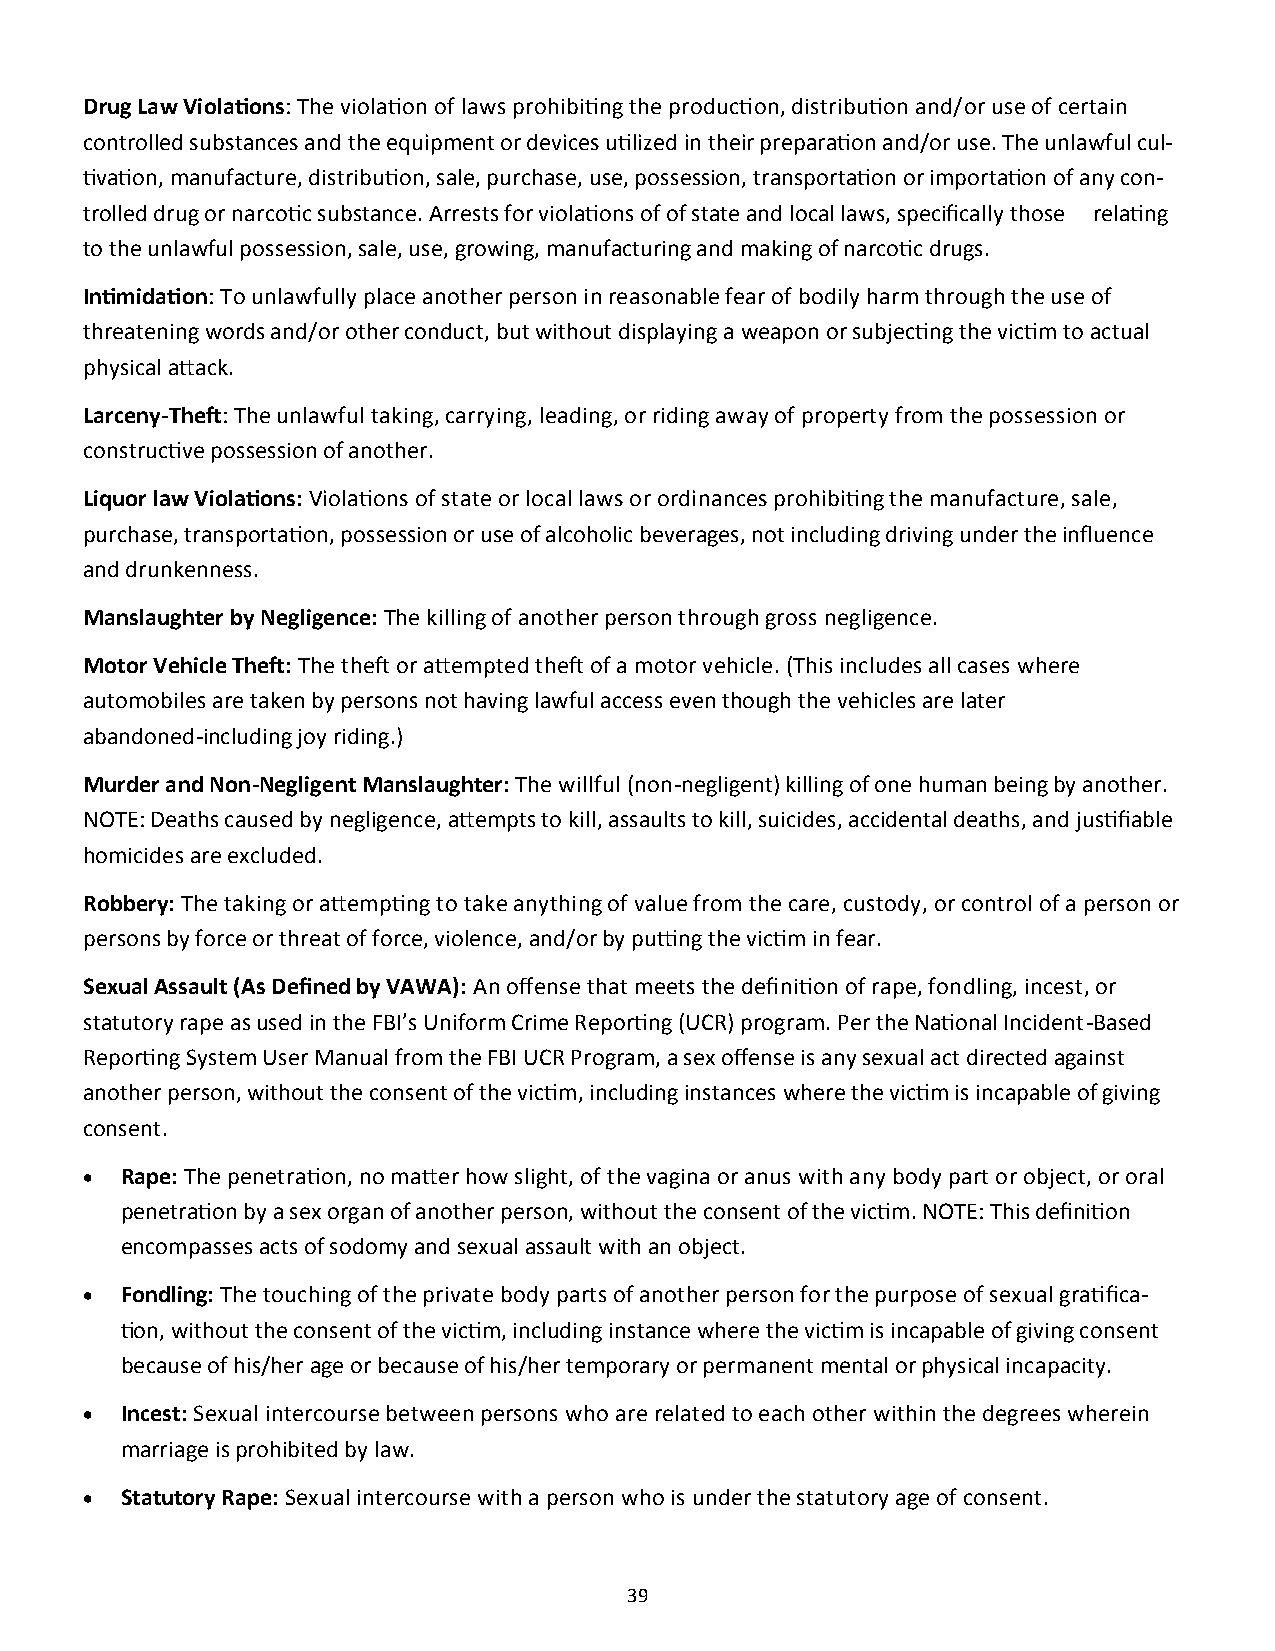
Drug Law Violations: The violation of laws prohibiting the production, distribution and/or use of certain
 controlled substances and the equipment or devices utilized in their preparation and/or use. The unlawful cul-
 tivation, manufacture, distribution, sale, purchase, use, possession, transportation or importation of any con-
 trolled drug or narcotic substance. Arrests for violations of of state and local laws, specifically those relating
 to the unlawful possession, sale, use, growing, manufacturing and making of narcotic drugs.
 Intimidation: To unlawfully place another person in reasonable fear of bodily harm through the use of
 threatening words and/or other conduct, but without displaying a weapon or subjecting the victim to actual
 physical attack.
 Larceny-Theft: The unlawful taking, carrying, leading, or riding away of property from the possession or
 constructive possession of another.
 Liquor law Violations: Violations of state or local laws or ordinances prohibiting the manufacture, sale,
 purchase, transportation, possession or use of alcoholic beverages, not including driving under the influence
 and drunkenness.
 Manslaughter by Negligence: The killing of another person through gross negligence.
 Motor Vehicle Theft: The theft or attempted theft of a motor vehicle. (This includes all cases where
 automobiles are taken by persons not having lawful access even though the vehicles are later
 abandoned-including joy riding.)
 Murder and Non-Negligent Manslaughter: The willful (non-negligent) killing of one human being by another.
 NOTE: Deaths caused by negligence, attempts to kill, assaults to kill, suicides, accidental deaths, and justifiable
 homicides are excluded.
 Robbery: The taking or attempting to take anything of value from the care, custody, or control of a person or
 persons by force or threat of force, violence, and/or by putting the victim in fear.
 Sexual Assault (As Defined by VAWA): An offense that meets the definition of rape, fondling, incest, or
 statutory rape as used in the FBI’s Uniform Crime Reporting (UCR) program. Per the National Incident-Based
 Reporting System User Manual from the FBI UCR Program, a sex offense is any sexual act directed against
 another person, without the consent of the victim, including instances where the victim is incapable of giving
 consent.
  Rape: The penetration, no matter how slight, of the vagina or anus with any body part or object, or oral
 penetration by a sex organ of another person, without the consent of the victim. NOTE: This definition
 encompasses acts of sodomy and sexual assault with an object.
  Fondling: The touching of the private body parts of another person for the purpose of sexual gratifica-
 tion, without the consent of the victim, including instance where the victim is incapable of giving consent
 because of his/her age or because of his/her temporary or permanent mental or physical incapacity.
  Incest: Sexual intercourse between persons who are related to each other within the degrees wherein
 marriage is prohibited by law.
  Statutory Rape: Sexual intercourse with a person who is under the statutory age of consent.
 39